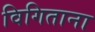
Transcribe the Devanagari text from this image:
विगिताना